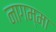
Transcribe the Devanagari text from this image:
नागम्मा